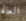
العالم